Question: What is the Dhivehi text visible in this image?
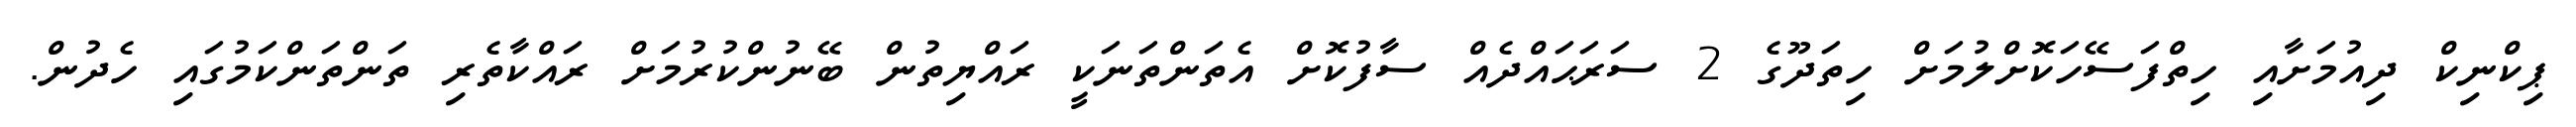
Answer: ޕިކްނިކް ދިއުމަށާއި ހިތްފަސޭހަކޮށްލުމަށް ހިތަދޫގެ 2 ސަރަޙައްދެއް ސާފުކޮށް އެތަންތަނަކީ ރައްޔިތުން ބޭނުންކުރުމަށް ރައްކާތެރި ތަންތަންކަމުގައި ހެދުން.